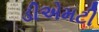
ડીએમટી